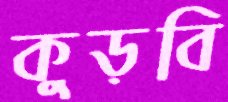
কুড়বি